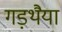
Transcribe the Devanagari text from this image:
गड़थैया